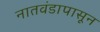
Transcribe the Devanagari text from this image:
नातवंडापासून